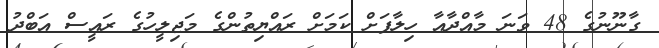
ގާނޫނުގެ 48 ވަނަ މާއްދާއާ ހިލާފަށް ކަމަށް ރައްޔިތުންގެ މަޖިލީހުގެ ރައީސް އަބްދު